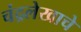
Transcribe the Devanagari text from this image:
चंद्रलेखाचे